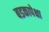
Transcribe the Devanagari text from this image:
बडकापेक्षा